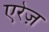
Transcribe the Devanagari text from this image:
एरेज़